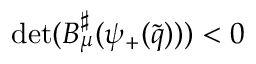
\operatorname* { d e t } ( B _ { \mu } ^ { \sharp } ( \psi _ { + } ( \tilde { q } ) ) ) < 0